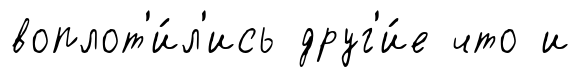
воплот'и́л'ись друг'и́е что и